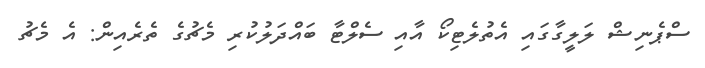
ސްޕެނިޝް ލަލީގާގައި އެތުލެޓިކޯ އާއި ސެލްޓާ ބައްދަލުކުރި މެޗުގެ ތެރެއިން: އެ މެޗު